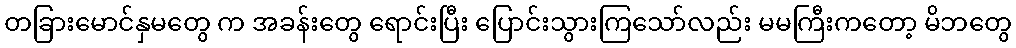
တခြားမောင်နှမတွေ က အခန်းတွေ ရောင်းပြီး ပြောင်းသွားကြသော်လည်း မမကြီးကတော့ မိဘတွေ